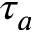
\tau _ { a }